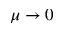
\mu \rightarrow 0